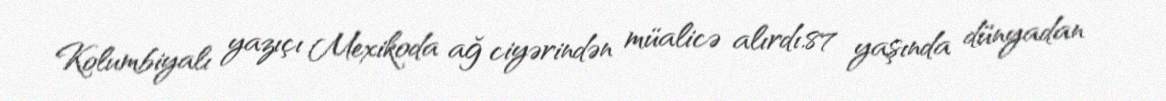
Kolumbiyalı yazıçı Mexikoda ağ ciyərindən müalicə alırdı.87 yaşında dünyadan